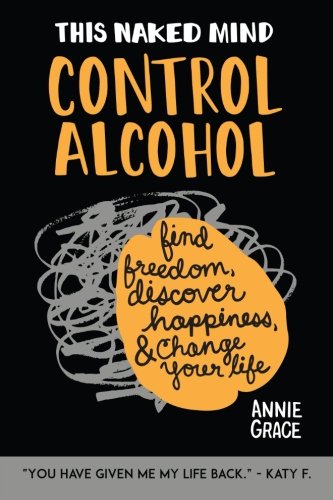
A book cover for This Naked Mind: Control Alcohol: Find Freedom, Rediscover Happiness & Change Your Life (Volume 1); Annie Grace; Health, Fitness & Dieting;